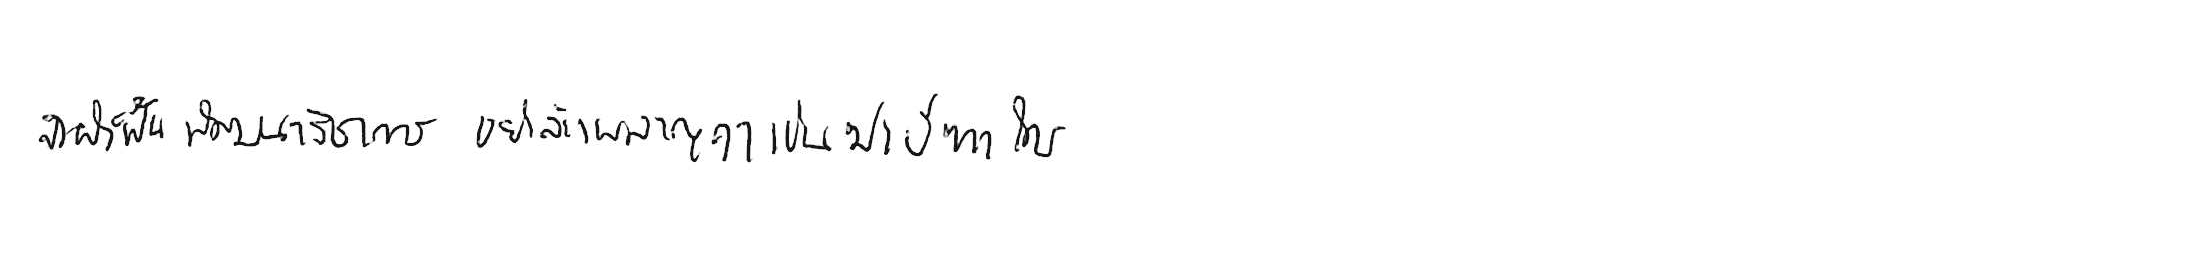
จงฝ่าฟันพัฒนาวิชาการ อย่าล้างผลาญฤๅเข่นฆ่าบีฑาใคร